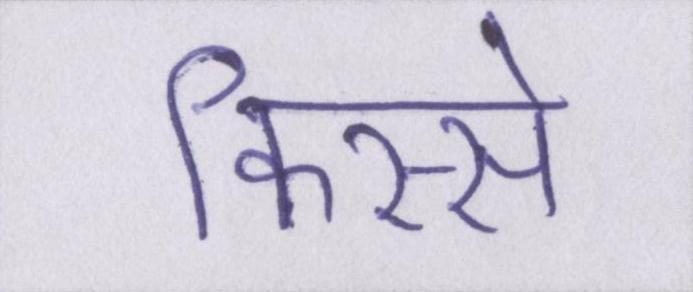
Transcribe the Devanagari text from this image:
किस्से